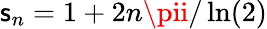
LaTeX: \mathsf{s}_{n}=1+2n\pii/\ln(2)